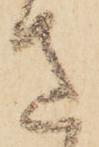
さ